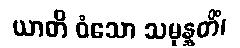
ယာတိ ဝံသော သမုန္နတိံ၊